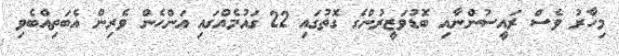
މިހާރު ވެސް ރައީސުންނާއި ބޮޑުވަޒީރުންގެ ގޮތުގައި 22 ގައުމެއްގައި އަންހެން ވެރިން އެބަތިއްބެވި